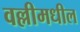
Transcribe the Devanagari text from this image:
वल्लीमधील